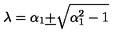
\lambda = \alpha _ { 1 } \underline { { + } } \sqrt { \alpha _ { 1 } ^ { 2 } - 1 }